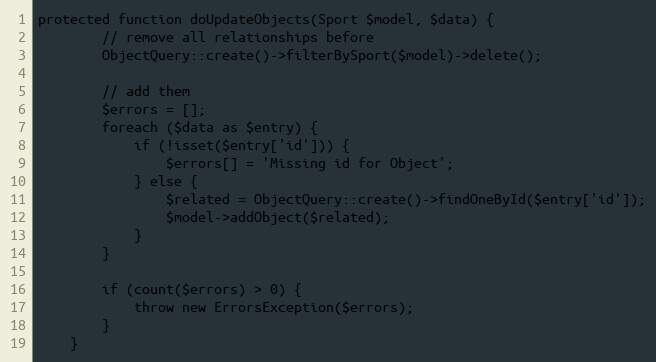
Language: PHP
protected function doUpdateObjects(Sport $model, $data) {
		// remove all relationships before
		ObjectQuery::create()->filterBySport($model)->delete();

		// add them
		$errors = [];
		foreach ($data as $entry) {
			if (!isset($entry['id'])) {
				$errors[] = 'Missing id for Object';
			} else {
				$related = ObjectQuery::create()->findOneById($entry['id']);
				$model->addObject($related);
			}
		}

		if (count($errors) > 0) {
			throw new ErrorsException($errors);
		}
	}